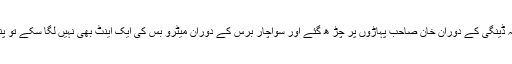
وزیر اعلی نے جب عمران نیازی اور ان کے نیاز مندوں کو ہدف تنقید بنایا اور کہا کہ ڈینگی کے دوران خان صاحب پہاڑوں پر چڑ ھ گئے اور سواچار برس کے دوران میٹرو بس کی ایک اینٹ بھی نہیں لگا سکے تو پنڈال میں عمران نیازی کے خلاف شیم شیم اور رو عمران رو کے نعرے لگتے رہے ۔